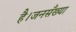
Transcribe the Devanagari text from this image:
है।जनसँख्या